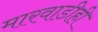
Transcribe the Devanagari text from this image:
मारवाडीही